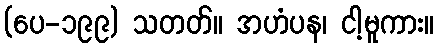
(ပေ-၁၉၉) သတတ်။ အဟံပန၊ ငါ့မူကား။